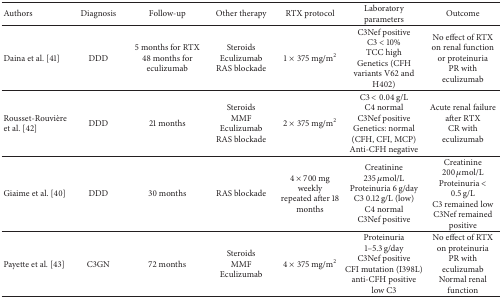
<table><thead><tr><td><b>Authors</b></td><td><b>Diagnosis</b></td><td><b>Follow-up</b></td><td><b>Other therapy</b></td><td><b>RTX protocol</b></td><td><b>Laboratory parameters</b></td><td><b>Outcome</b></td></tr></thead><tbody><tr><td>Daina et al. [41]</td><td>DDD</td><td>5 months for RTX48 months for eculizumab</td><td>SteroidsEculizumabRAS blockade</td><td>1 × 375 mg/m<sup>2</sup></td><td>C3Nef positiveC3 &lt; 10%TCC highGenetics (CFH variants V62 and H402)</td><td>No effect of RTX on renal function or proteinuriaPR with eculizumab</td></tr><tr><td>Rousset-Rouvière et al. [42]</td><td>DDD</td><td>21 months</td><td>SteroidsMMFEculizumabRAS blockade</td><td>2 × 375 mg/m<sup>2</sup></td><td>C3 &lt; 0.04 g/LC4 normalC3Nef positiveGenetics: normal (CFH, CFI, MCP)Anti-CFH negative</td><td>Acute renal failure after RTXCR with eculizumab</td></tr><tr><td>Giaime et al. [40]</td><td>DDD</td><td>30 months</td><td>RAS blockade</td><td>4 × 700 mg weeklyrepeated after 18 months</td><td>Creatinine 235 <i>μ</i>mol/LProteinuria 6 g/dayC3 0.12 g/L (low)C4 normalC3Nef positive</td><td>Creatinine 200 <i>μ</i>mol/L Proteinuria &lt; 0.5 g/LC3 remained lowC3Nef remained positive</td></tr><tr><td>Payette et al. [43]</td><td>C3GN</td><td>72 months</td><td>SteroidsMMFEculizumab</td><td>4 × 375 mg/m<sup>2</sup></td><td>Proteinuria 1–5.3 g/dayC3Nef positiveCFI mutation (I398L)anti-CFH positivelow C3</td><td>No effect of RTX on proteinuriaPR with eculizumabNormal renal function</td></tr></tbody></table>